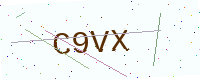
Text: C9VX